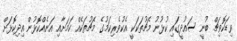
ވިޑަކޮވިޗް ބުނީ ސައުދީގައި ކުޅުނު މެޗުތަކަކީ އެކުވެރިކަމުގެ މެޗުތަކެއް ކަމަށާއި އަނެއްކޮޅުން އިދިކޮޅަށް